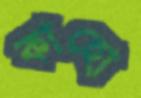
কাহো